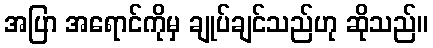
အပြာ အရောင်ကိုမှ ချုပ်ချင်သည်ဟု ဆိုသည်။